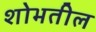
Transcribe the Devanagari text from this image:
शोभतील